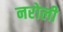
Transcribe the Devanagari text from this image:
नरोली